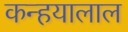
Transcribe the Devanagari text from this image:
कन्हयालाल